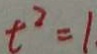
t ^ { 2 } = 1